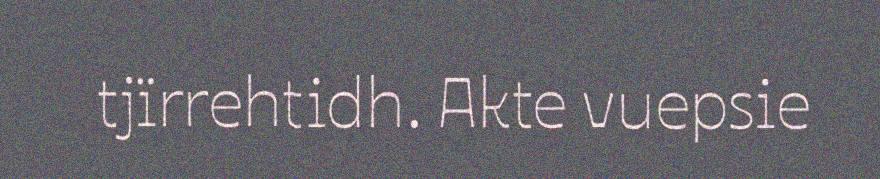
tjïrrehtidh. Akte vuepsie